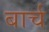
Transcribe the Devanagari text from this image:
बार्च